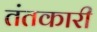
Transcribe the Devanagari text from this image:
तंतकारी